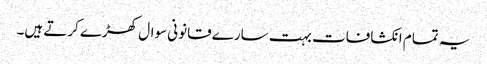
یہ تمام انکشافات بہت سارے قانونی سوال کھڑے کرتے ہیں۔